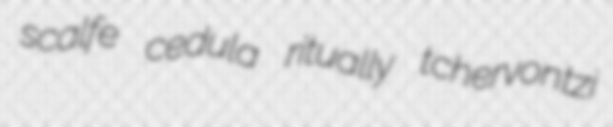
scalfe cedula ritually tchervontzi